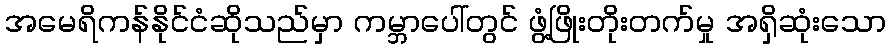
အမေရိကန်နိုင်ငံဆိုသည်မှာ ကမ္ဘာပေါ်တွင် ဖွံ့ဖြိုးတိုးတက်မှု အရှိဆုံးသော